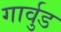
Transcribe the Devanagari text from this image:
गार्वुड